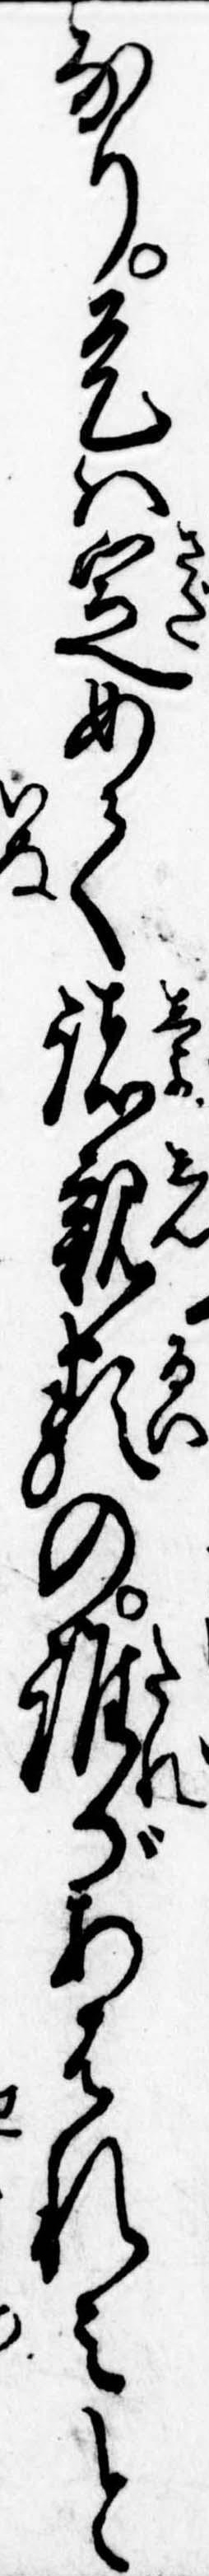
なり是は定めて諸親類の誰があはれみと